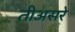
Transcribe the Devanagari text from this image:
तीअसरे